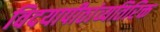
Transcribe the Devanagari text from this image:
विदयापीठांव्यतिरिक्त